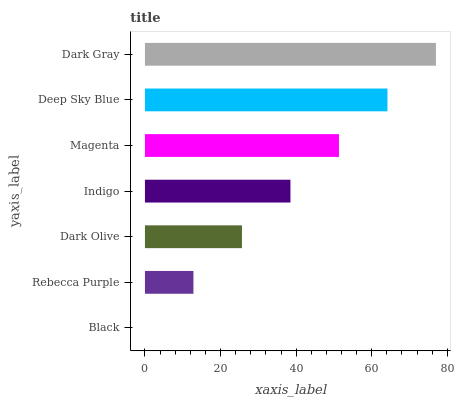
| yaxis_label | bars |
 | --- | --- |
 | Black | 0 |
 | Rebecca Purple | 12.8 |
 | Dark Olive | 25.7 |
 | Indigo | 38.5 |
 | Magenta | 51.3 |
 | Deep Sky Blue | 64.2 |
 | Dark Gray | 77 |